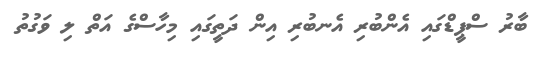
ބާރު ސްޕީޑްގައި އެންބުރި އެނބުރި އިން ދަތީގައި މިހާސްގެ އަތް ލި ވަގުތު